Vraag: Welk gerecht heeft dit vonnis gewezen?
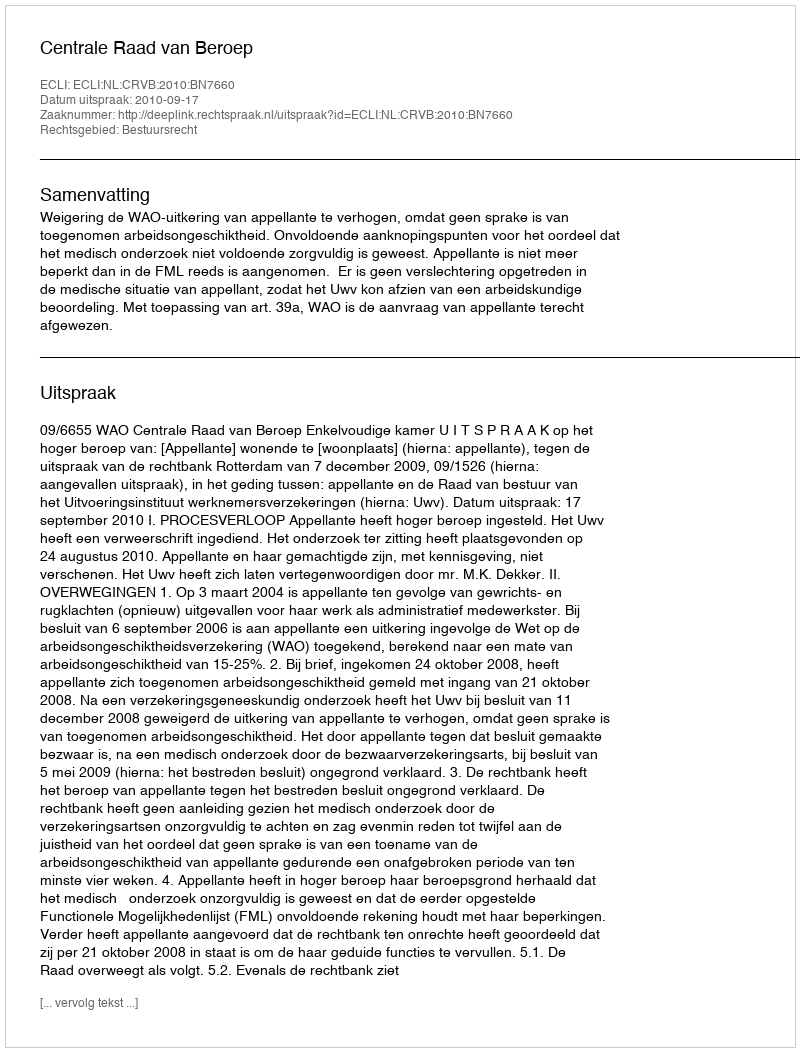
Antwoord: Centrale Raad van Beroep